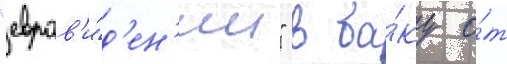
"евров'и́д'ен'ии" в ба́ку о́т